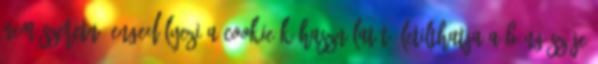
nem szeretné engedélyezi a cookie-k használatát, letilthatja a böngészője